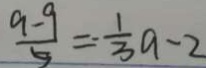
\frac { 9 - 9 } { 9 } = \frac { 1 } { 3 } a - 2